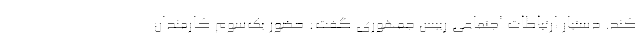
کند. دستیار ارتباطات اجتماعی رییس جمهوری گفت: حضور یک‌سوم کارمندان